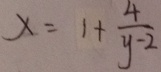
x = 1 + \frac { 4 } { y - 2 }